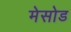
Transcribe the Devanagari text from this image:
मेसोड